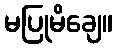
မပြုမိချေ။